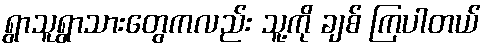
ရွာသူရွာသားတွေကလည်း သူ့ကို ချစ် ကြပါတယ်